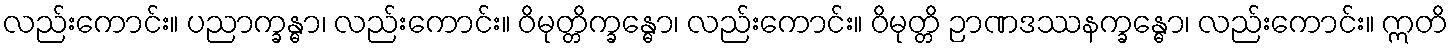
လည်းကောင်း။ ပညာက္ခန္ဓာ၊ လည်းကောင်း။ ဝိမုတ္တိက္ခန္ဓော၊ လည်းကောင်း။ ဝိမုတ္တိ ဉာဏဒဿနက္ခန္ဓော၊ လည်းကောင်း။ ဣတိ